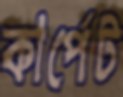
কার্পেট